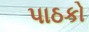
પાઠકો